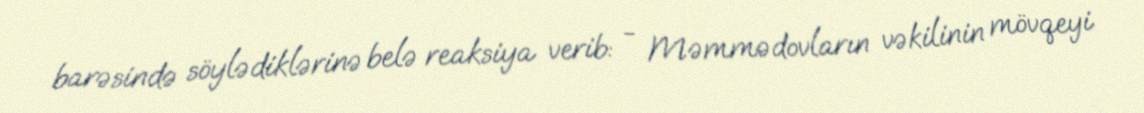
barəsində söylədiklərinə belə reaksiya verib: - Məmmədovların vəkilinin mövqeyi